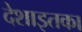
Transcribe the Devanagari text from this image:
देशाइतका